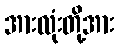
အားလုံးတို့အား